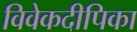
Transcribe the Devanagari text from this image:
विवेकदीपिका